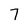
Character: 7